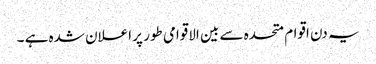
یہ دن اقوام متحدہ سے بین الاقوامی طور پر اعلان شدہ ہے ۔